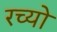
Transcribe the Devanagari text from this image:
रच्यो